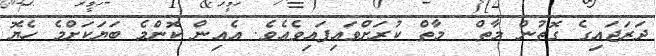
ދަރަޖައިގެ ގޮތުން މާތް  މާތް ކުރަށްވައިފައިވެއެވެ. އެއިން ކޮންމެ ބަޔަކަށްމެ ހެޔޮ